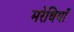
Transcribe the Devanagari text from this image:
मरेथियाँ